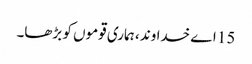
15 اے خدا وند ، ہماری قوموں کو بڑھا۔